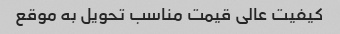
کیفیت عالی قیمت مناسب تحویل به موقع